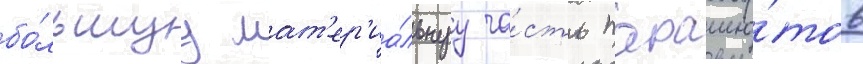
бо́льшуу мат'ер'иа́льнуу ча́сть парашю́тов